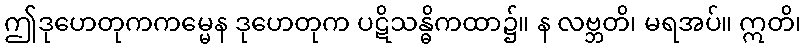
ဤဒုဟေတုကကမ္မေန ဒုဟေတုက ပဋိသန္ဓိကထာ၌။ န လဗ္ဘတိ၊ မရအပ်။ ဣတိ၊